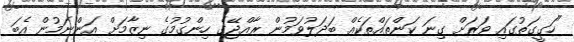
"ހަގީގަތުގައި ވަރަށް ގިނަ ކަންތައްތަކެއް ބަދަލުވަމުން ރާއްޖޭގެ ހިންގުމުގެ ނިޒާމަށް އަންނަމުން އެބަ